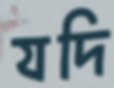
যদি